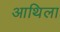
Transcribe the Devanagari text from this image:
आथिला